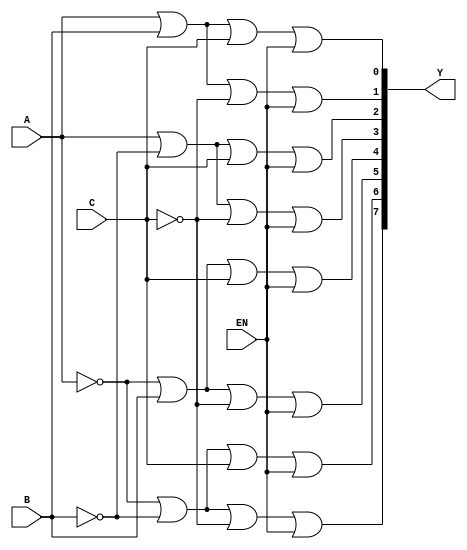
/* data-flow */
module dec3to8_d(A, B, C, Y, EN);
    input           A, B, C, EN;
    output  [7:0]   Y;

    wire    [7:0]   Y;
    
    assign Y[0] = A | B | C | EN;
    assign Y[1] = A | B | ~C | EN;
    assign Y[2] = A | ~B | C | EN;
    assign Y[3] = A | ~B | ~C | EN;
    assign Y[4] = ~A | B | C | EN;
    assign Y[5] = ~A | B | ~C | EN;
    assign Y[6] = ~A | ~B | C | EN;
    assign Y[7] = ~A | ~B | ~C | EN;
    
endmodule